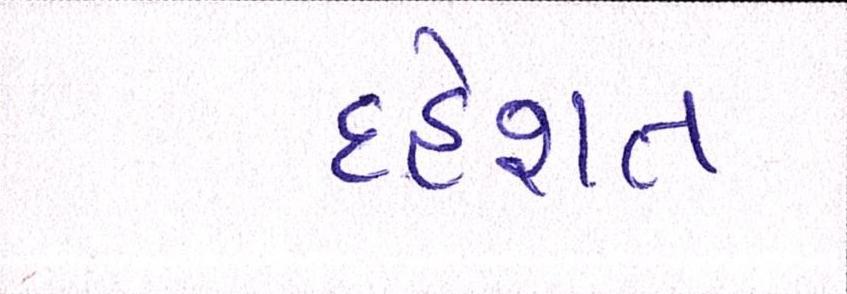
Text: દહેશત